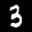
Label: 3